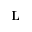
{ \bf L }